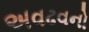
અવઢવનો